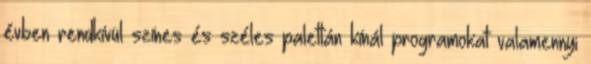
évben rendkívül színes és széles palettán kínál programokat valamennyi